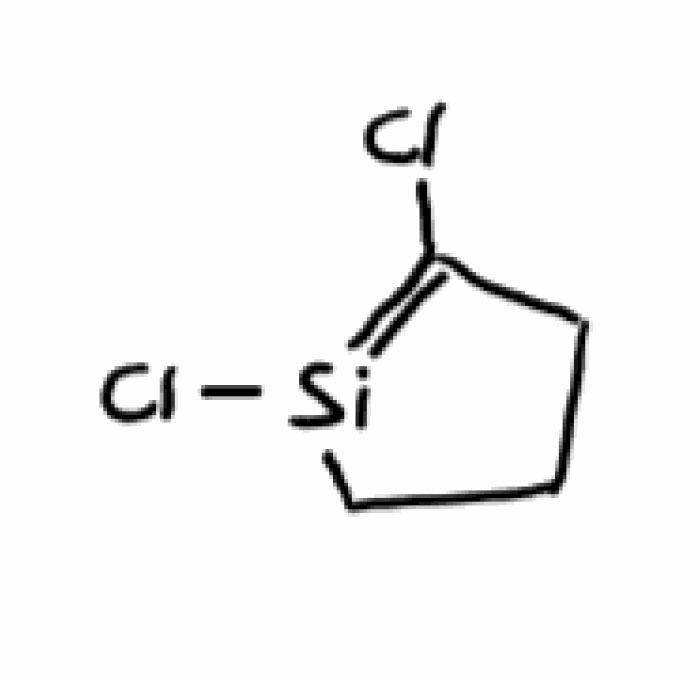
Simplified molecular-input line-entry system (SMILES) notation of the given molecule:
C1CC(=[Si](C1)Cl)Cl